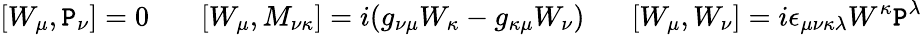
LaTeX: \left[W_{\mu},\mathtt{P}_{\nu}\right]=0\, \, \, \, \, \, \, \, \, \, \left[W_{\mu},M_{\nu\kappa}\right]=i(g_{\nu\mu}W_{\kappa}-g_{\kappa\mu}W_{\nu})\, \, \, \, \, \, \, \, \, \left[W_{\mu},W_{\nu}\right]=i\epsilon_{\mu\nu\kappa\lambda}W^{\kappa}\mathtt{P}^{\lambda}